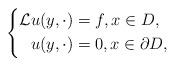
LaTeX: \begin{align*}\left\{ \begin{aligned} \mathcal{L} u(y,\cdot)&=f,x\in D,\\ u(y,\cdot)&=0,x\in \partial D, \end{aligned}\right.\end{align*}